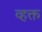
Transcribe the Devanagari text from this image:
व्हक्त